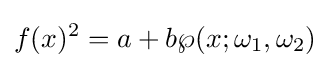
f(x)^{2}=a+b\wp (x;\omega _{1},\omega _{2})